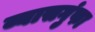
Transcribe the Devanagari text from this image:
व्यासगुंफा